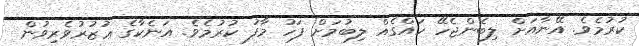
ކުރުމެވެ. އޭނާއަށް ލިބެންޖެހޭ ހައްގެއް ލިބުމަށް ފަހު މާފު ކުރުމެވެ. އަނެކާގެ ޢުޒުރުވެރިވުން